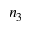
n _ { 3 }